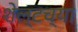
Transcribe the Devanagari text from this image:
शेल्टच्या